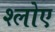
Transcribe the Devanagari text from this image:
श्लोए